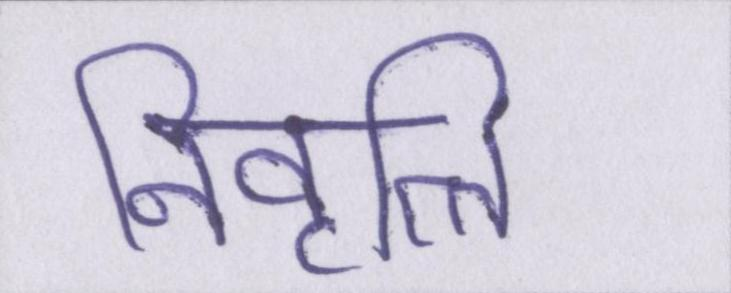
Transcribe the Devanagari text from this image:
निवृत्ति